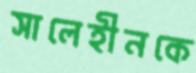
সালেহীনকে